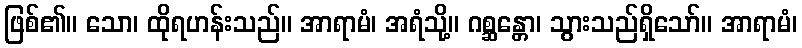
ဖြစ်၏။ သော၊ ထိုရဟန်းသည်။ အာရာမံ၊ အရံသို့။ ဂစ္ဆန္တော၊ သွားသည်ရှိသော်။ အာရာမံ၊